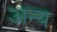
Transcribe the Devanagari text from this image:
अन्य